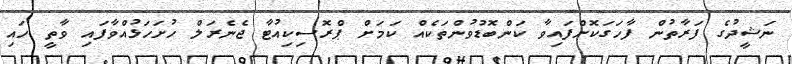
ނަޝީދުގެ ފަރާތުން ފާހަގަކޮށްފައިވާ ކަންބޮޑުވުންތަކެއް ކަމަށް ޕްރޮސިކިއުޓާ ޖެނެރަލް ހުށަހަޅުއްވާފައި ވާތީ ހައި